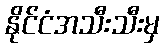
နိုင်ငံအသီးသီးမှ